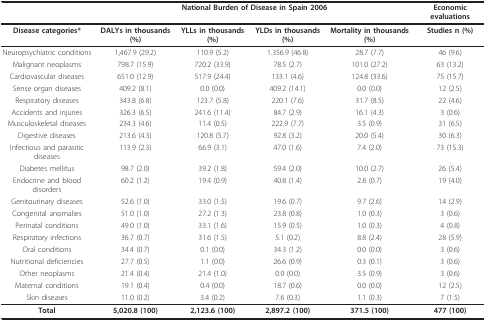
<table><thead><tr><td></td><td colspan="4"><b>National Burden of Disease in Spain 2006</b></td><td><b>Economic evaluations</b></td></tr></thead><tbody><tr><td><b>Disease categories*</b></td><td><b>DALYs in thousands (%)</b></td><td><b>YLLs in thousands (%)</b></td><td><b>YLDs in thousands (%)</b></td><td><b>Mortality in thousands (%)</b></td><td><b>Studies n (%)</b></td></tr><tr><td>Neuropsychiatric conditions</td><td>1,467.9 (29.2)</td><td>110.9 (5.2)</td><td>1.356.9 (46.8)</td><td>28.7 (7.7)</td><td>46 (9.6)</td></tr><tr><td>Malignant neoplasms</td><td>798.7 (15.9)</td><td>720.2 (33.9)</td><td>78.5 (2.7)</td><td>101.0 (27.2)</td><td>63 (13.2)</td></tr><tr><td>Cardiovascular diseases</td><td>651.0 (12.9)</td><td>517.9 (24.4)</td><td>133.1 (4.6)</td><td>124.8 (33.6)</td><td>75 (15.7)</td></tr><tr><td>Sense organ diseases</td><td>409.2 (8.1)</td><td>0.0 (0.0)</td><td>409.2 (14.1)</td><td>0.0 (0.0)</td><td>12 (2.5)</td></tr><tr><td>Respiratory diseases</td><td>343.8 (6.8)</td><td>123.7 (5.8)</td><td>220.1 (7.6)</td><td>31.7 (8.5)</td><td>22 (4.6)</td></tr><tr><td>Accidents and injuries</td><td>326.3 (6.5)</td><td>241.6 (11.4)</td><td>84.7 (2.9)</td><td>16.1 (4.3)</td><td>3 (0.6)</td></tr><tr><td>Musculoskeletal diseases</td><td>234.3 (4.6)</td><td>11.4 (0.5)</td><td>222.9 (7.7)</td><td>3.5 (0.9)</td><td>31 (6.5)</td></tr><tr><td>Digestive diseases</td><td>213.6 (4.3)</td><td>120.8 (5.7)</td><td>92.8 (3.2)</td><td>20.0 (5.4)</td><td>30 (6.3)</td></tr><tr><td>Infectious and parasitic diseases</td><td>113.9 (2.3)</td><td>66.9 (3.1)</td><td>47.0 (1.6)</td><td>7.4 (2.0)</td><td>73 (15.3)</td></tr><tr><td>Diabetes mellitus</td><td>98.7 (2.0)</td><td>39.2 (1.8)</td><td>59.4 (2.0)</td><td>10.0 (2.7)</td><td>26 (5.4)</td></tr><tr><td>Endocrine and blood disorders</td><td>60.2 (1.2)</td><td>19.4 (0.9)</td><td>40.8 (1.4)</td><td>2.8 (0.7)</td><td>19 (4.0)</td></tr><tr><td>Genitourinary diseases</td><td>52.6 (1.0)</td><td>33.0 (1.5)</td><td>19.6 (0.7)</td><td>9.7 (2.6)</td><td>14 (2.9)</td></tr><tr><td>Congenital anomalies</td><td>51.0 (1.0)</td><td>27.2 (1.3)</td><td>23.8 (0.8)</td><td>1.0 (0.3)</td><td>3 (0.6)</td></tr><tr><td>Perinatal conditions</td><td>49.0 (1.0)</td><td>33.1 (1.6)</td><td>15.9 (0.5)</td><td>1.0 (0.3)</td><td>4 (0.8)</td></tr><tr><td>Respiratory infections</td><td>36.7 (0.7)</td><td>31.6 (1.5)</td><td>5.1 (0.2)</td><td>8.8 (2.4)</td><td>28 (5.9)</td></tr><tr><td>Oral conditions</td><td>34.4 (0.7)</td><td>0.1 (0.0)</td><td>34.3 (1.2)</td><td>0.0 (0.0)</td><td>3 (0.6)</td></tr><tr><td>Nutritional deficiencies</td><td>27.7 (0.5)</td><td>1.1 (0.0)</td><td>26.6 (0.9)</td><td>0.3 (0.1)</td><td>3 (0.6)</td></tr><tr><td>Other neoplasms</td><td>21.4 (0.4)</td><td>21.4 (1.0)</td><td>0.0 (0.0)</td><td>3.5 (0.9)</td><td>3 (0.6)</td></tr><tr><td>Maternal conditions</td><td>19.1 (0.4)</td><td>0.4 (0.0)</td><td>18.7 (0.6)</td><td>0.0 (0.0)</td><td>12 (2.5)</td></tr><tr><td>Skin diseases</td><td>11.0 (0.2)</td><td>3.4 (0.2)</td><td>7.6 (0.3)</td><td>1.1 (0.3)</td><td>7 (1.5)</td></tr><tr><td><b>Total</b></td><td><b>5,020.8 (100)</b></td><td><b>2,123.6 (100)</b></td><td><b>2,897.2 (100)</b></td><td><b>371.5 (100)</b></td><td><b>477 (100)</b></td></tr></tbody></table>